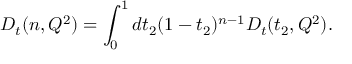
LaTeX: D _ { t } ( n , Q ^ { 2 } ) = \int _ { 0 } ^ { 1 } d t _ { 2 } ( 1 - t _ { 2 } ) ^ { n - 1 } D _ { t } ( t _ { 2 } , Q ^ { 2 } ) .